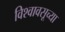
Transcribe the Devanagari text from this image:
विश्वावसूच्या